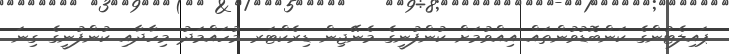
ޕައިލެޓުންގެ ކަންބޮޑުވުންތައް އިއްވުމަށް ކުންފުނީގެ މެނޭޖިން ޑިރެކްޓަރ މުހައްމަދު މިހާދާއި ކުންފުނީގެ ގިނަ